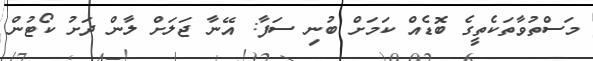
މަސްތުވާތަކެތީގެ ބޮޑެއް ކަމަށް ބުނި ސަފާ: އޭނާ ޖަލަށް ލާން ދަށު ކޯޓުން